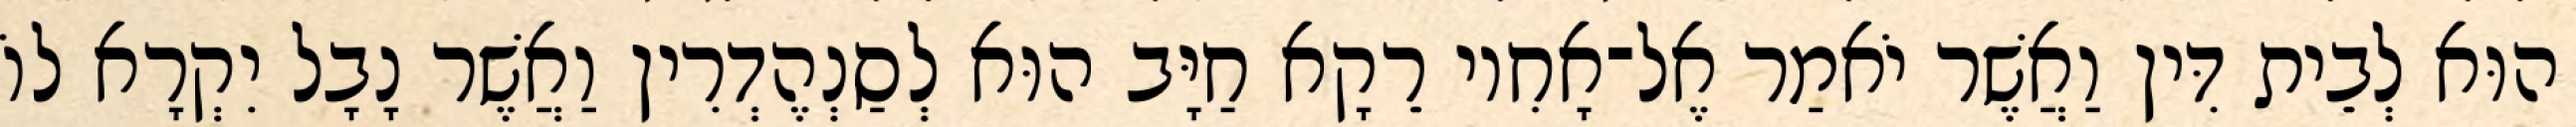
הוּא לְבֵית דִּין וַאֲשֶׁר יֹאמַר אֶל־אָחִיו רֵקָא חַיָּב הוּא לְסַנְהֶדְרִין וַאֲשֶׁר נָבָל יִקְרָא לוֹ